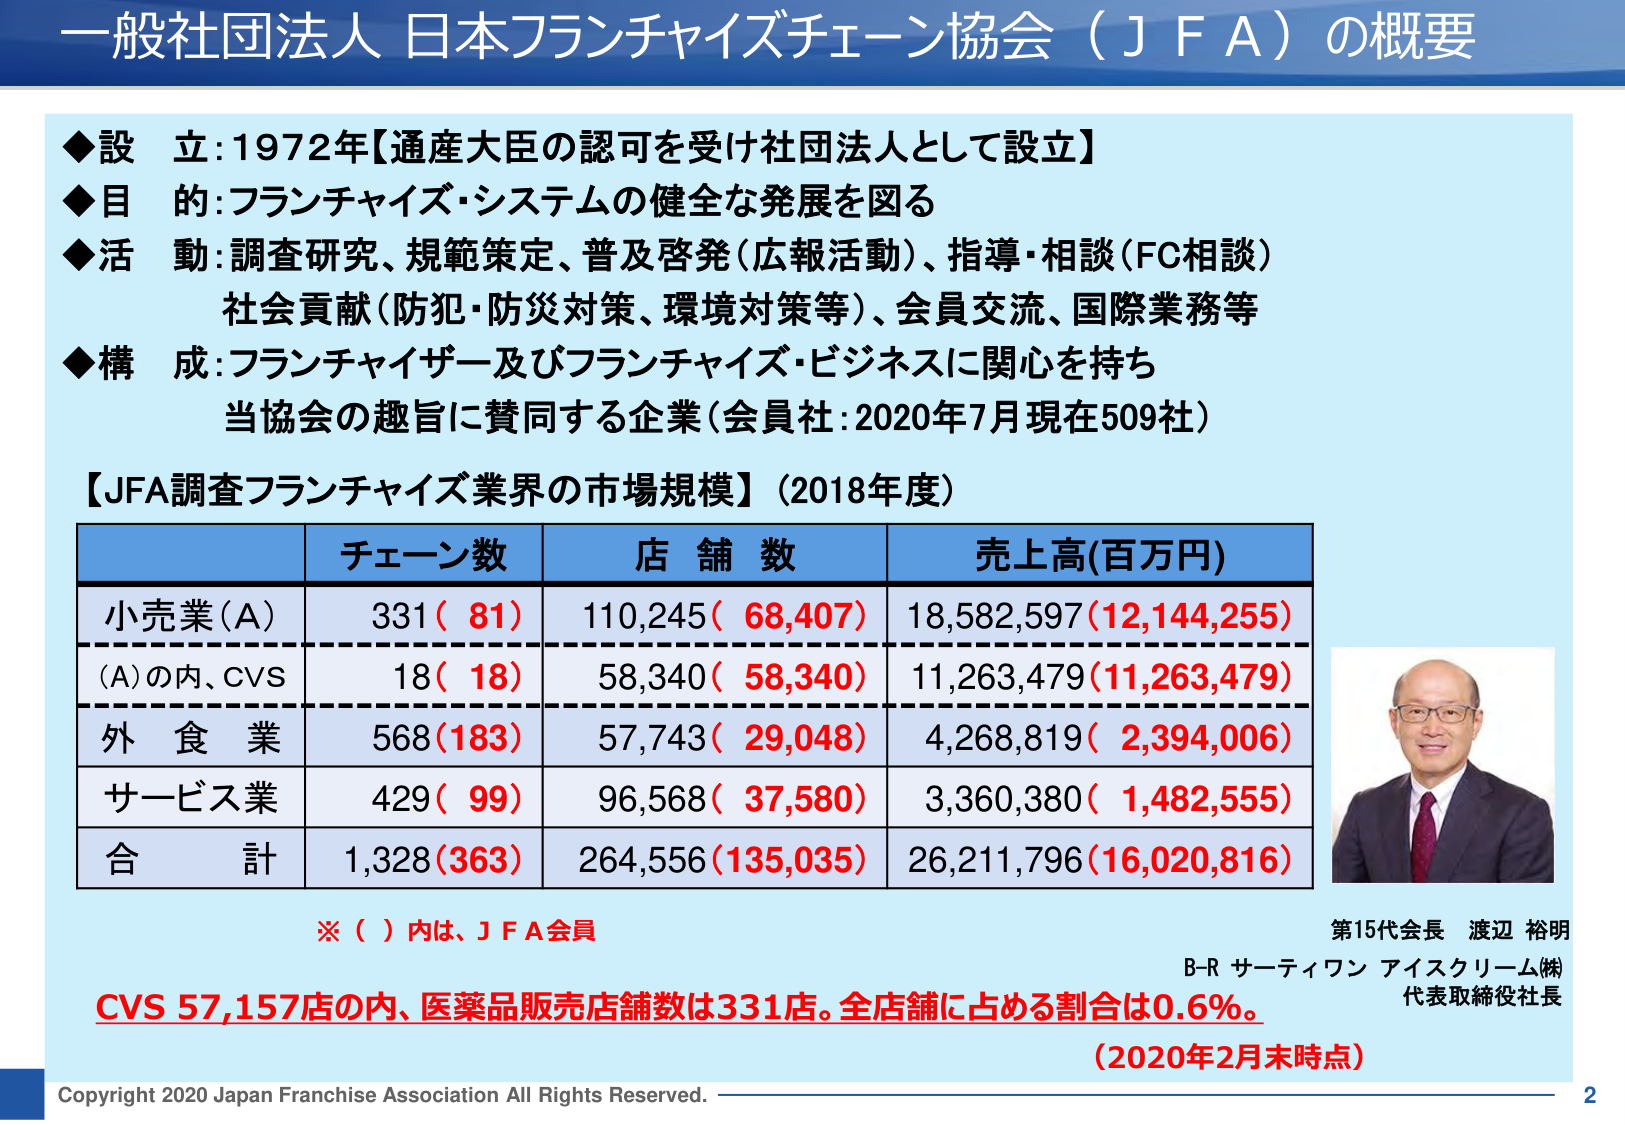
一般社団法人 日本フランチャイズチェーン協会（ＪＦＡ）の概要

◆設立：1972年【通産大臣の認可を受け社団法人として設立】
◆目的：フランチャイズ・システムの健全な発展を図る
◆活動：調査研究、規範策定、普及啓発（広報活動）、指導・相談（FC相談）
　　　社会貢献（防犯・防災対策、環境対策等）、会員交流、国際業務等
◆構成：フランチャイザー及びフランチャイズ・ビジネスに関心を持ち
　　　当協会の趣旨に賛同する企業（会員社：2020年7月現在509社）

【JFA調査フランチャイズ業界の市場規模】（2018年度）

　　　　　　　　チェーン数　　　　店舗数　　　　売上高(百万円)
小売業（A）　　　331（81）　　　110,245（68,407）　18,582,597（12,144,255）
（A）の内、CVS　　18（18）　　　58,340（58,340）　11,263,479（11,263,479）
外食業　　　　　　568（183）　　　57,743（29,048）　4,268,819（2,394,006）
サービス業　　　　429（99）　　　96,568（37,580）　3,360,380（1,482,555）
合計　　　　　　1,328（363）　　264,556（135,035）　26,211,796（16,020,816）

※（ ）内は、ＪＦＡ会員

第15代会長 渡辺 裕明
B-R サーティワン アイスクリーム(株)
代表取締役社長

CVS 57,157店の内、医薬品販売店舗数は331店。全店舗に占める割合は0.6%。
（2020年2月末時点）

Copyright 2020 Japan Franchise Association All Rights Reserved. 2